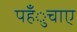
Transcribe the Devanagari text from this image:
पहँुचाए